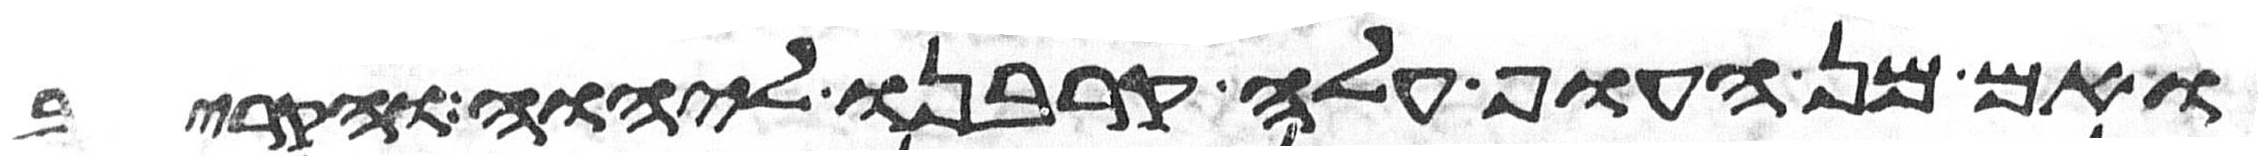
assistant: ואם מן העוף עלה קרבנו ליהוה והקריב